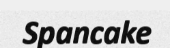
Spancake